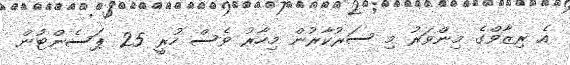
އެ ރިޒާވްގެ މިންވަރު މި ސަރުކާރުން މިހާރު ވެސް ހުރީ 25 ޕަސެންޓުން